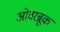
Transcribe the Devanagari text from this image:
ओवरब्रूक